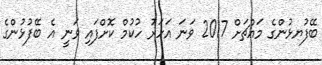
ބޭފުޔޅުންގެ މައްޗަށް 2017 ވަނަ އަހަރު ހުކުމް ކޮށްފައި ވަނީ އެ ބޭފުޅުންގެ